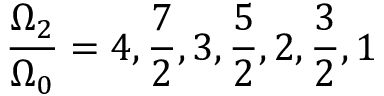
\frac { \Omega _ { 2 } } { \Omega _ { 0 } } = 4 , \frac { 7 } { 2 } , 3 , \frac { 5 } { 2 } , 2 , \frac { 3 } { 2 } , 1